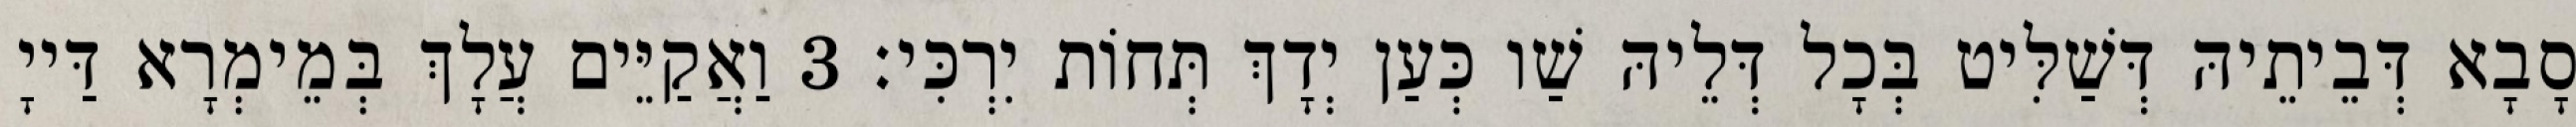
סָבָא דְּבֵיתֵיהּ דְּשַׁלִּיט בְּכָל דְּלֵיהּ שַׁו כְּעַן יְדָךְ תְּחוֹת יִרְכִּי׃ 3 וַאֲקַיֵּים עֲלָךְ בְּמֵימְרָא דַּייָ